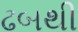
ઢબથી